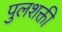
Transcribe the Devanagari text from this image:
पुलशक्ती